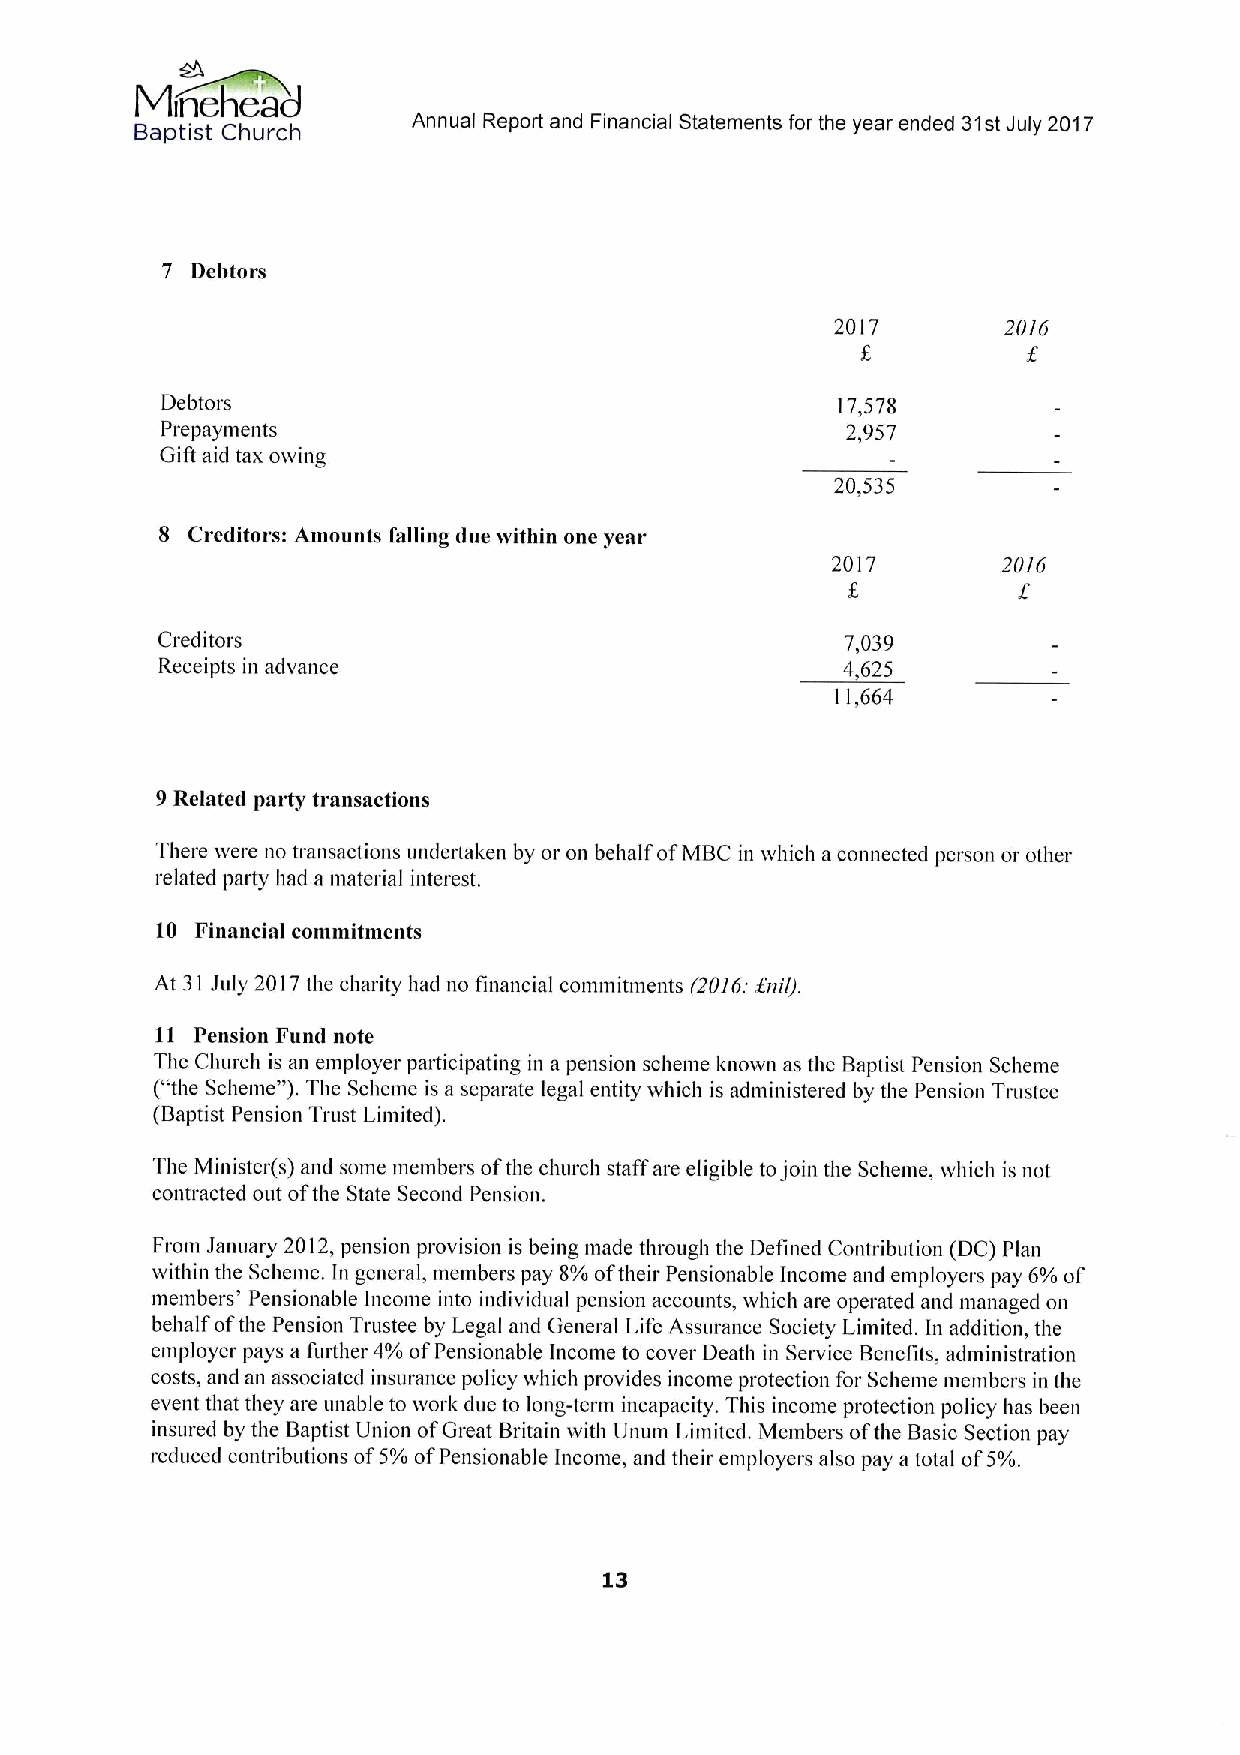
Baptist Church    Annual Report and Financial Statements for the year ended 31stJuly 2017
 7 Debtors
 2017       2016
 Debtors                                     17,578
 Prepayments                                  2,957
 Gift aid tax owing
 20,535
 8 Creditors: Amounts falling due within one year
 2017       2016
 Creditors                                     7,039
 Receipts in advance                           4,625
 11,664
 9Related par+ transactions
 There were no transactions undertaken by or on behalf ofMBC in which aconnected person or other
 related party had a material interest.
 10 Financial commitments
 At 31 July 2017the charity had no financial commitments (2016. anil).
 11 Pension Fund note
 The Church is an employer participating in a pension scheme known as the Baptist Pension Scheme
 ("the Scheme").The Scheme is a separate legal entity which is administered by the Pension Trustee
 (Baptist Pension Trust Limited).
 The Minister(s) and some members ofthe church staff are eligible tojoin the Scheme, which is not
 contracted out ofthe State Second Pension.
 From Januaiy 2012,pension provision is being made through the Defined Contribution (DC) Plan
 within the Scheme. In general, members pay 8%oftheir Pensionable Income and employers pay 6%of
 members' Pensionable Income into individual pension accounts, which are operated and managed on
 behalf ofthe Pension Trustee by Legal and General Life Assurance Society Limited. In addition, the
 employer pays a further 4%ofPensionable Income to cover Death in Service Benefits, administration
 costs, and an associated insurance policy which provides income protection for Scheme members in the
 event that they are unable to work due to long-tenn incapacity. This income protection policy has been
 insured by the Baptist Union ofGreat Britain with Unum Limited. Members ofthe Basic Section pay
 reduced contributions of5%ofPensionable Income, and their employers also pay a total of5%.